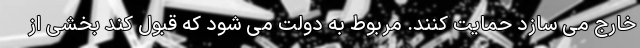
خارج می سازد حمایت کنند. مربوط به دولت می شود که قبول کند بخشی از